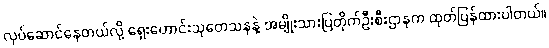
လုပ်ဆောင်နေတယ်လို့ ရှေးဟောင်းသုတေသနနဲ့ အမျိုးသားပြတိုက်ဦးစီးဌာနက ထုတ်ပြန်ထားပါတယ်။